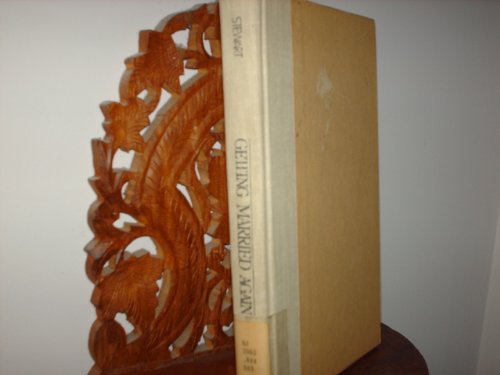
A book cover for The New Etiquette Guide to Getting Married Again; Marjabelle Young Stewart; Crafts, Hobbies & Home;